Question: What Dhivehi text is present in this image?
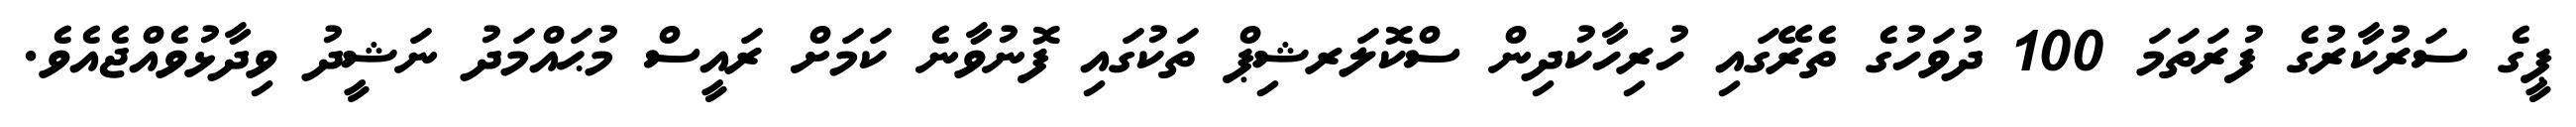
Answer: ޕީގެ ސަރުކާރުގެ ފުރަތަމަ 100 ދުވަހުގެ ތެރޭގައި ހުރިހާކުދިން ސްކޮލަރޝިޕް ތަކުގައި ފޮނުވާނެ ކަމަށް ރައީސް މުޙައްމަދު ނަޝީދު ވިދާޅުވެއްޖެއެވެ.